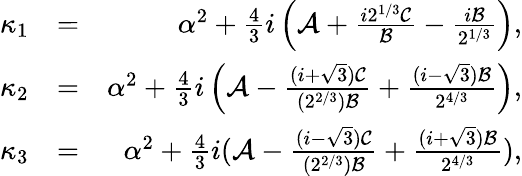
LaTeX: \begin{array}{rlr}{\kappa_{1}}&{=}&{\alpha^{2}+\frac{4}{3}i\left(\mathcal{A}+\frac{i2^{1/3}\mathcal{C}}{\mathcal{B}}-\frac{i\mathcal{B}}{2^{1/3}}\right),}\\ {\kappa_{2}}&{=}&{\alpha^{2}+\frac{4}{3}i\left(\mathcal{A}-\frac{(i+\sqrt{3})\mathcal{C}}{(2^{2/3})\mathcal{B}}+\frac{(i-\sqrt{3})\mathcal{B}}{2^{4/3}}\right),}\\ {\kappa_{3}}&{=}&{\alpha^{2}+\frac{4}{3}i(\mathcal{A}-\frac{(i-\sqrt{3})\mathcal{C}}{(2^{2/3})\mathcal{B}}+\frac{(i+\sqrt{3})\mathcal{B}}{2^{4/3}}),}\end{array}